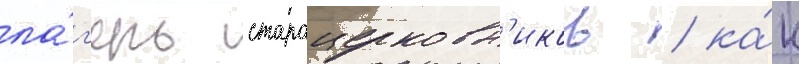
ла́г'ерь староцерковн'иков / ка́к